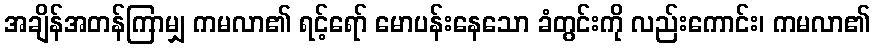
အချိန်အတန်ကြာမျှ ကမလာ၏ ရင့်ရော် မောပန်းနေသော ခံတွင်းကို လည်းကောင်း၊ ကမလာ၏